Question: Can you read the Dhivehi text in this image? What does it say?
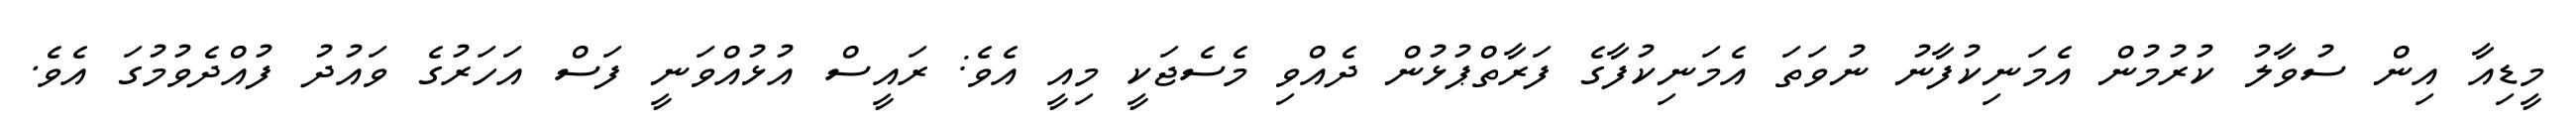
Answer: މީޑިއާ އިން ސުވާލު ކުރުމުން އެމަނިކުފާނު ނުވަތަ އެމަނިކުފާގެ ފަރާތްޕުޅުން ދެއްވި މެސެޖަކީ މިއީ އެވެ: ރައީސް އުޅުއްވަނީ ފަސް އަހަރުގެ ވައުދު ފުއްދެވުމުގަ އެވެ.